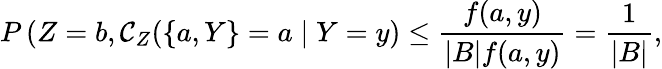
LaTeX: P\left(Z=b,\mathcal{C}_{Z}(\{ a,Y\} =a\mid Y=y\right)\leq\frac{f(a,y)}{\lvert B\rvert f(a,y)}=\frac{1}{\lvert B\rvert},